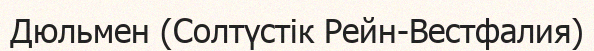
Дюльмен (Солтүстік Рейн-Вестфалия)